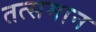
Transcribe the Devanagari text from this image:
तत्समान